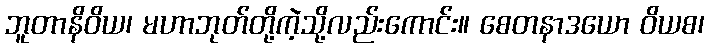
ဘူတာနိဝိယ၊ မဟာဘုတ်တို့ကဲ့သို့လည်းကောင်း။ စေတနာဒယော ဝိယစ၊